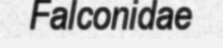
Falconidae